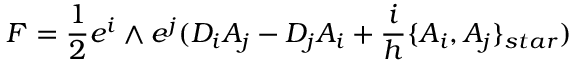
{ \cal { F } } = \frac { 1 } { 2 } e ^ { i } \wedge e ^ { j } ( D _ { i } { \cal { A } } _ { j } - D _ { j } { \cal { A } } _ { i } + \frac { i } { h } \{ { \cal { A } } _ { i } , { \cal { A } } _ { j } \} _ { s t a r } )